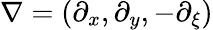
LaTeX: \mathbf{\nabla}=(\partial_{x},\partial_{y},-\partial_{\xi})